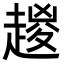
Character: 𧼬